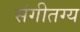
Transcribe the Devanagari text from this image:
संगीतग्य